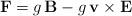
LaTeX: \begin{align*}\mathbf{F}=g\,\mathbf{B}-g\,\mathbf{v}\times\mathbf{E}\end{align*}